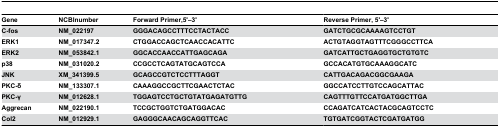
| Gene | NCBI number | Forward Primer, 5'–3' | Reverse Primer, 5'–3' |
 | --- | --- | --- | --- |
 | C-fos | NM_022197 | GGGACAGCCTTTCCTACTACC | GATCTGCGCAAAAGTCCTGT |
 | ERK1 | NM_017347.2 | CTGGACCAGCTCAACCACATTC | ACTGTAGGTAGTTTCGGGCCTTCA |
 | ERK2 | NM_053842.1 | GGCACCAACCATTGAGCAGA | GATCATTGCTGAGGTGCTGTGTC |
 | p38 | NM_031020.2 | CCGCCTCAGTATGCAGTCCA | GCCACATGTGCAAAGGCATC |
 | JNK | XM_341399.5 | GCAGCCGTCTCCTTTAGGT | CATTGACAGACGGCGAAGA |
 | PKC-δ | NM_133307.1 | CAAAGGCCGCTTCGAACTCTAC | GGCCATCCTTGTCCAGCATTAC |
 | PKC-γ | NM_012628.1 | TGGAGTCCTGCTGTATGAGATGTTG | CAGTTTGTTCCATGATGGCTTGA |
 | Aggrecan | NM_022190.1 | TCCGCTGGTCTGATGGACAC | CCAGATCATCACTACGCAGTCCTC |
 | Col2 | NM_012929.1 | GAGGGCAACAGCAGGTTCAC | TGTGATCGGTACTCGATGATGG |